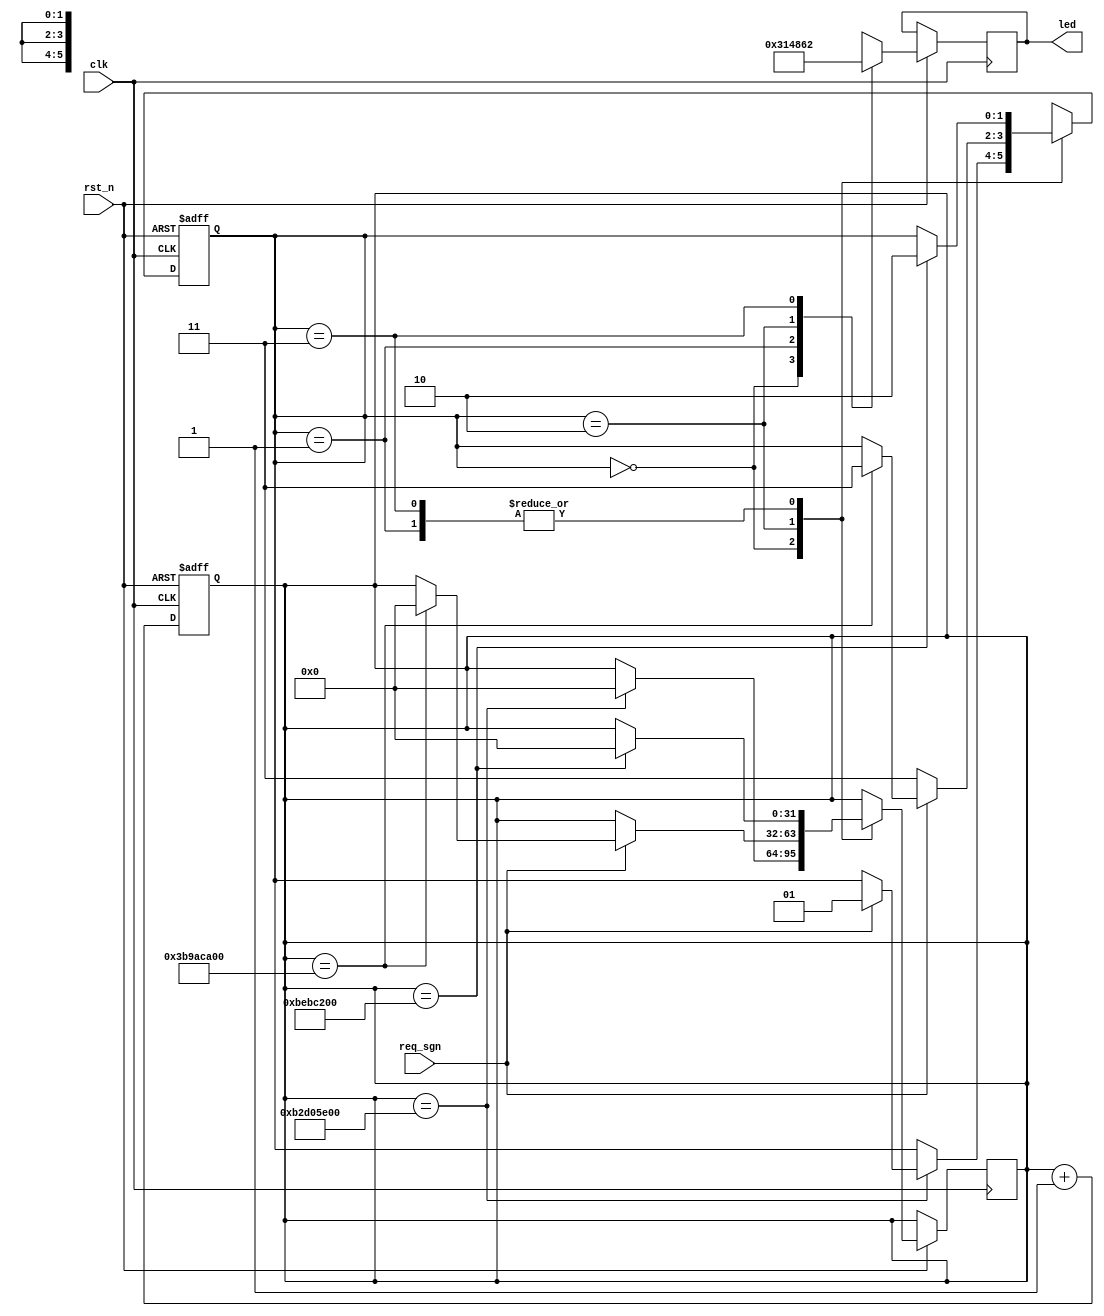
module traf_led (
    input clk,
    input rst_n,
    input req_sgn,

    output reg [5:0] led // MR,MY,MG;CR,CY,CG
);
    // parameter
    parameter width = 32;
    parameter idle = 2'd00, s1 = 2'd01,
                s2 = 2'd10, s3 = 2'd11;

    // register
    reg [1:0] state;
    reg [width-1:0] cnt;

    // main code
    always @(posedge clk, negedge rst_n) begin
        if (!rst_n)
            cnt <= {width{1'd0}};
        else begin
            cnt <= cnt + 1'd1;
        end
        
    end

    always @(posedge clk, negedge rst_n) begin
        if(!rst_n)
            state <= idle;
        else begin
            case (state)
                // state 0: MGCR
                idle: begin
                    led <= 6'b001_100;
                    if(cnt == 32'd3_000_000_000) begin
                        cnt <= {width{1'd0}};
                        if(req_sgn == 1)
                            state <= s1;
                        else
                            state <= state;
                    end
                    else
                        state <= state;
                end
                // state 1: MYCR
                s1: begin
                    led <= 6'b010_100;
                    if(cnt == 32'd200_000_000) begin
                        cnt <= 32'd0;
                        state <= s2;
                    end
                    else
                        state <= state;
                end
                // state 2:MRCG
                s2: begin
                    led <= 6'b100_001;
                    if(req_sgn == 1'd0)
                        state <= s3;
                    else begin
                        if(cnt == 32'd1_000_000_000) begin
                            cnt <= 32'd0;
                            state <= s3;
                        end
                        else begin
                            if(req_sgn == 1'd0)
                                state <= s3;
                            else 
                                state <= state;
                        end
                    end
                end
                // state 3: MRCY
                s3: begin
                    led <= 6'b100_010;
                    if(cnt == 32'd200_000_000) begin
                        cnt <= 32'd0;
                        state <= s2;
                    end
                    else
                        state <= state;
                end
                default: state <= idle;
            endcase
        end

    end
endmodule